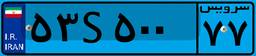
۵۳S۵۰۰۷۷